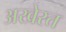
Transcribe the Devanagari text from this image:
अखेरत